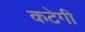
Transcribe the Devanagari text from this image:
कटेगी